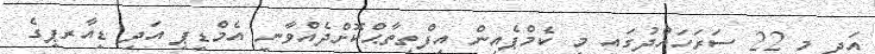
އަދި މި 22 ސަރަހައްދުގައި މި ކެމްޕެއިން އިފްތިތާޙްކޮށްދެއްވާނީ އެމްޑީޕީ އަދި ޑީއާރޕީގެ